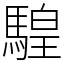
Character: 騜